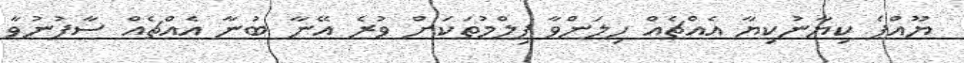
ޔޫއްޕެ ކިޔާނުކިޔާ އެއްޗެއް ހިލަންވާ ފިލްމުތަކަށް ވުރެ އޭނާ ބުނާ އެއްޗެއް ސާފުނުވާ